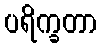
ပရိက္ခတာ